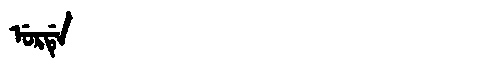
Manchu: ᡠᡵᡩᡝ
Romanization: URDE